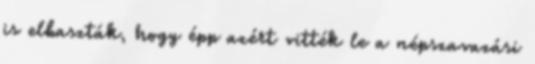
is elbaszták, hogy épp azért vitték le a népszavazási